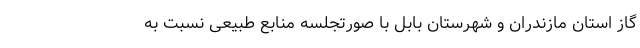
گاز استان مازندران و شهرستان بابل با صورتجلسه منابع طبیعی نسبت به